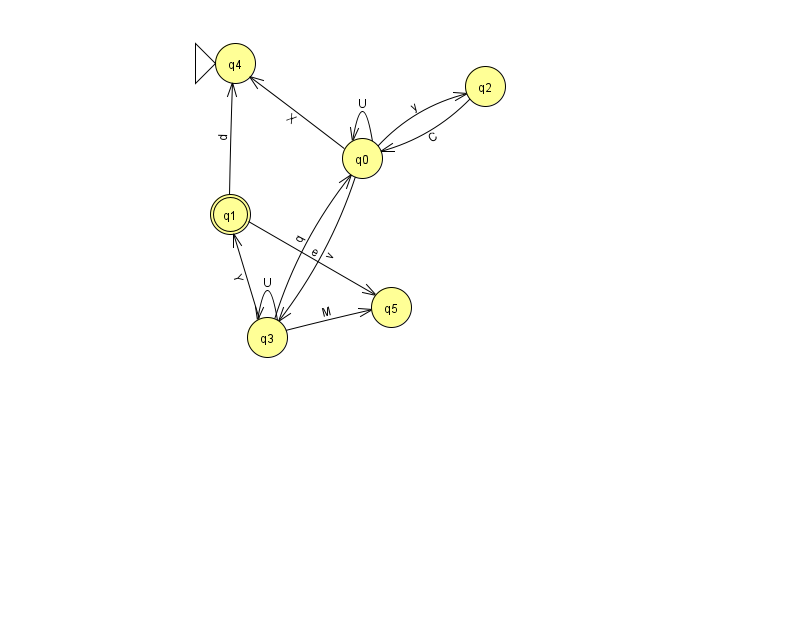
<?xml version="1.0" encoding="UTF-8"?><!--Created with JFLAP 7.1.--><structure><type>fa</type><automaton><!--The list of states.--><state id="0" name="q0"><x>362.0</x><y>145.0</y></state><state id="1" name="q1"><x>230.0</x><y>201.0</y><final/></state><state id="2" name="q2"><x>485.0</x><y>73.0</y></state><state id="3" name="q3"><x>267.0</x><y>324.0</y></state><state id="4" name="q4"><x>235.0</x><y>50.0</y><initial/></state><state id="5" name="q5"><x>391.0</x><y>294.0</y></state><!--The list of transitions.--><transition><from>0</from><to>3</to><read>v</read></transition><transition><from>3</from><to>1</to><read>Y</read></transition><transition><from>2</from><to>0</to><read>C</read></transition><transition><from>0</from><to>0</to><read>U</read></transition><transition><from>1</from><to>5</to><read>e</read></transition><transition><from>3</from><to>0</to><read>q</read></transition><transition><from>3</from><to>3</to><read>U</read></transition><transition><from>3</from><to>5</to><read>M</read></transition><transition><from>0</from><to>4</to><read>X</read></transition><transition><from>0</from><to>2</to><read>y</read></transition><transition><from>1</from><to>4</to><read>d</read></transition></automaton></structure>